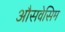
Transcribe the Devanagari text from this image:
औसवेसिम